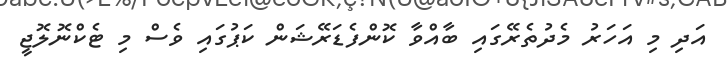
އަދި މި އަހަރު މެދުތެރޭގައި ބާއްވާ ކޮންފެޑަރޭޝަން ކަޕުގައި ވެސް މި ޓެކްނޮލޮޖީ